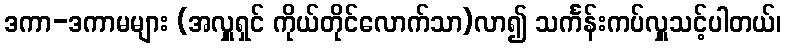
ဒကာ-ဒကာမများ (အလှူရှင် ကိုယ်တိုင်လောက်သာ)လာ၍ သင်္ကန်းကပ်လှူသင့်ပါတယ်၊